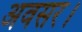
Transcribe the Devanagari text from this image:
अवसर।